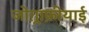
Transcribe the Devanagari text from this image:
जोग़्राफ़ीयाई